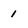
Character: 1